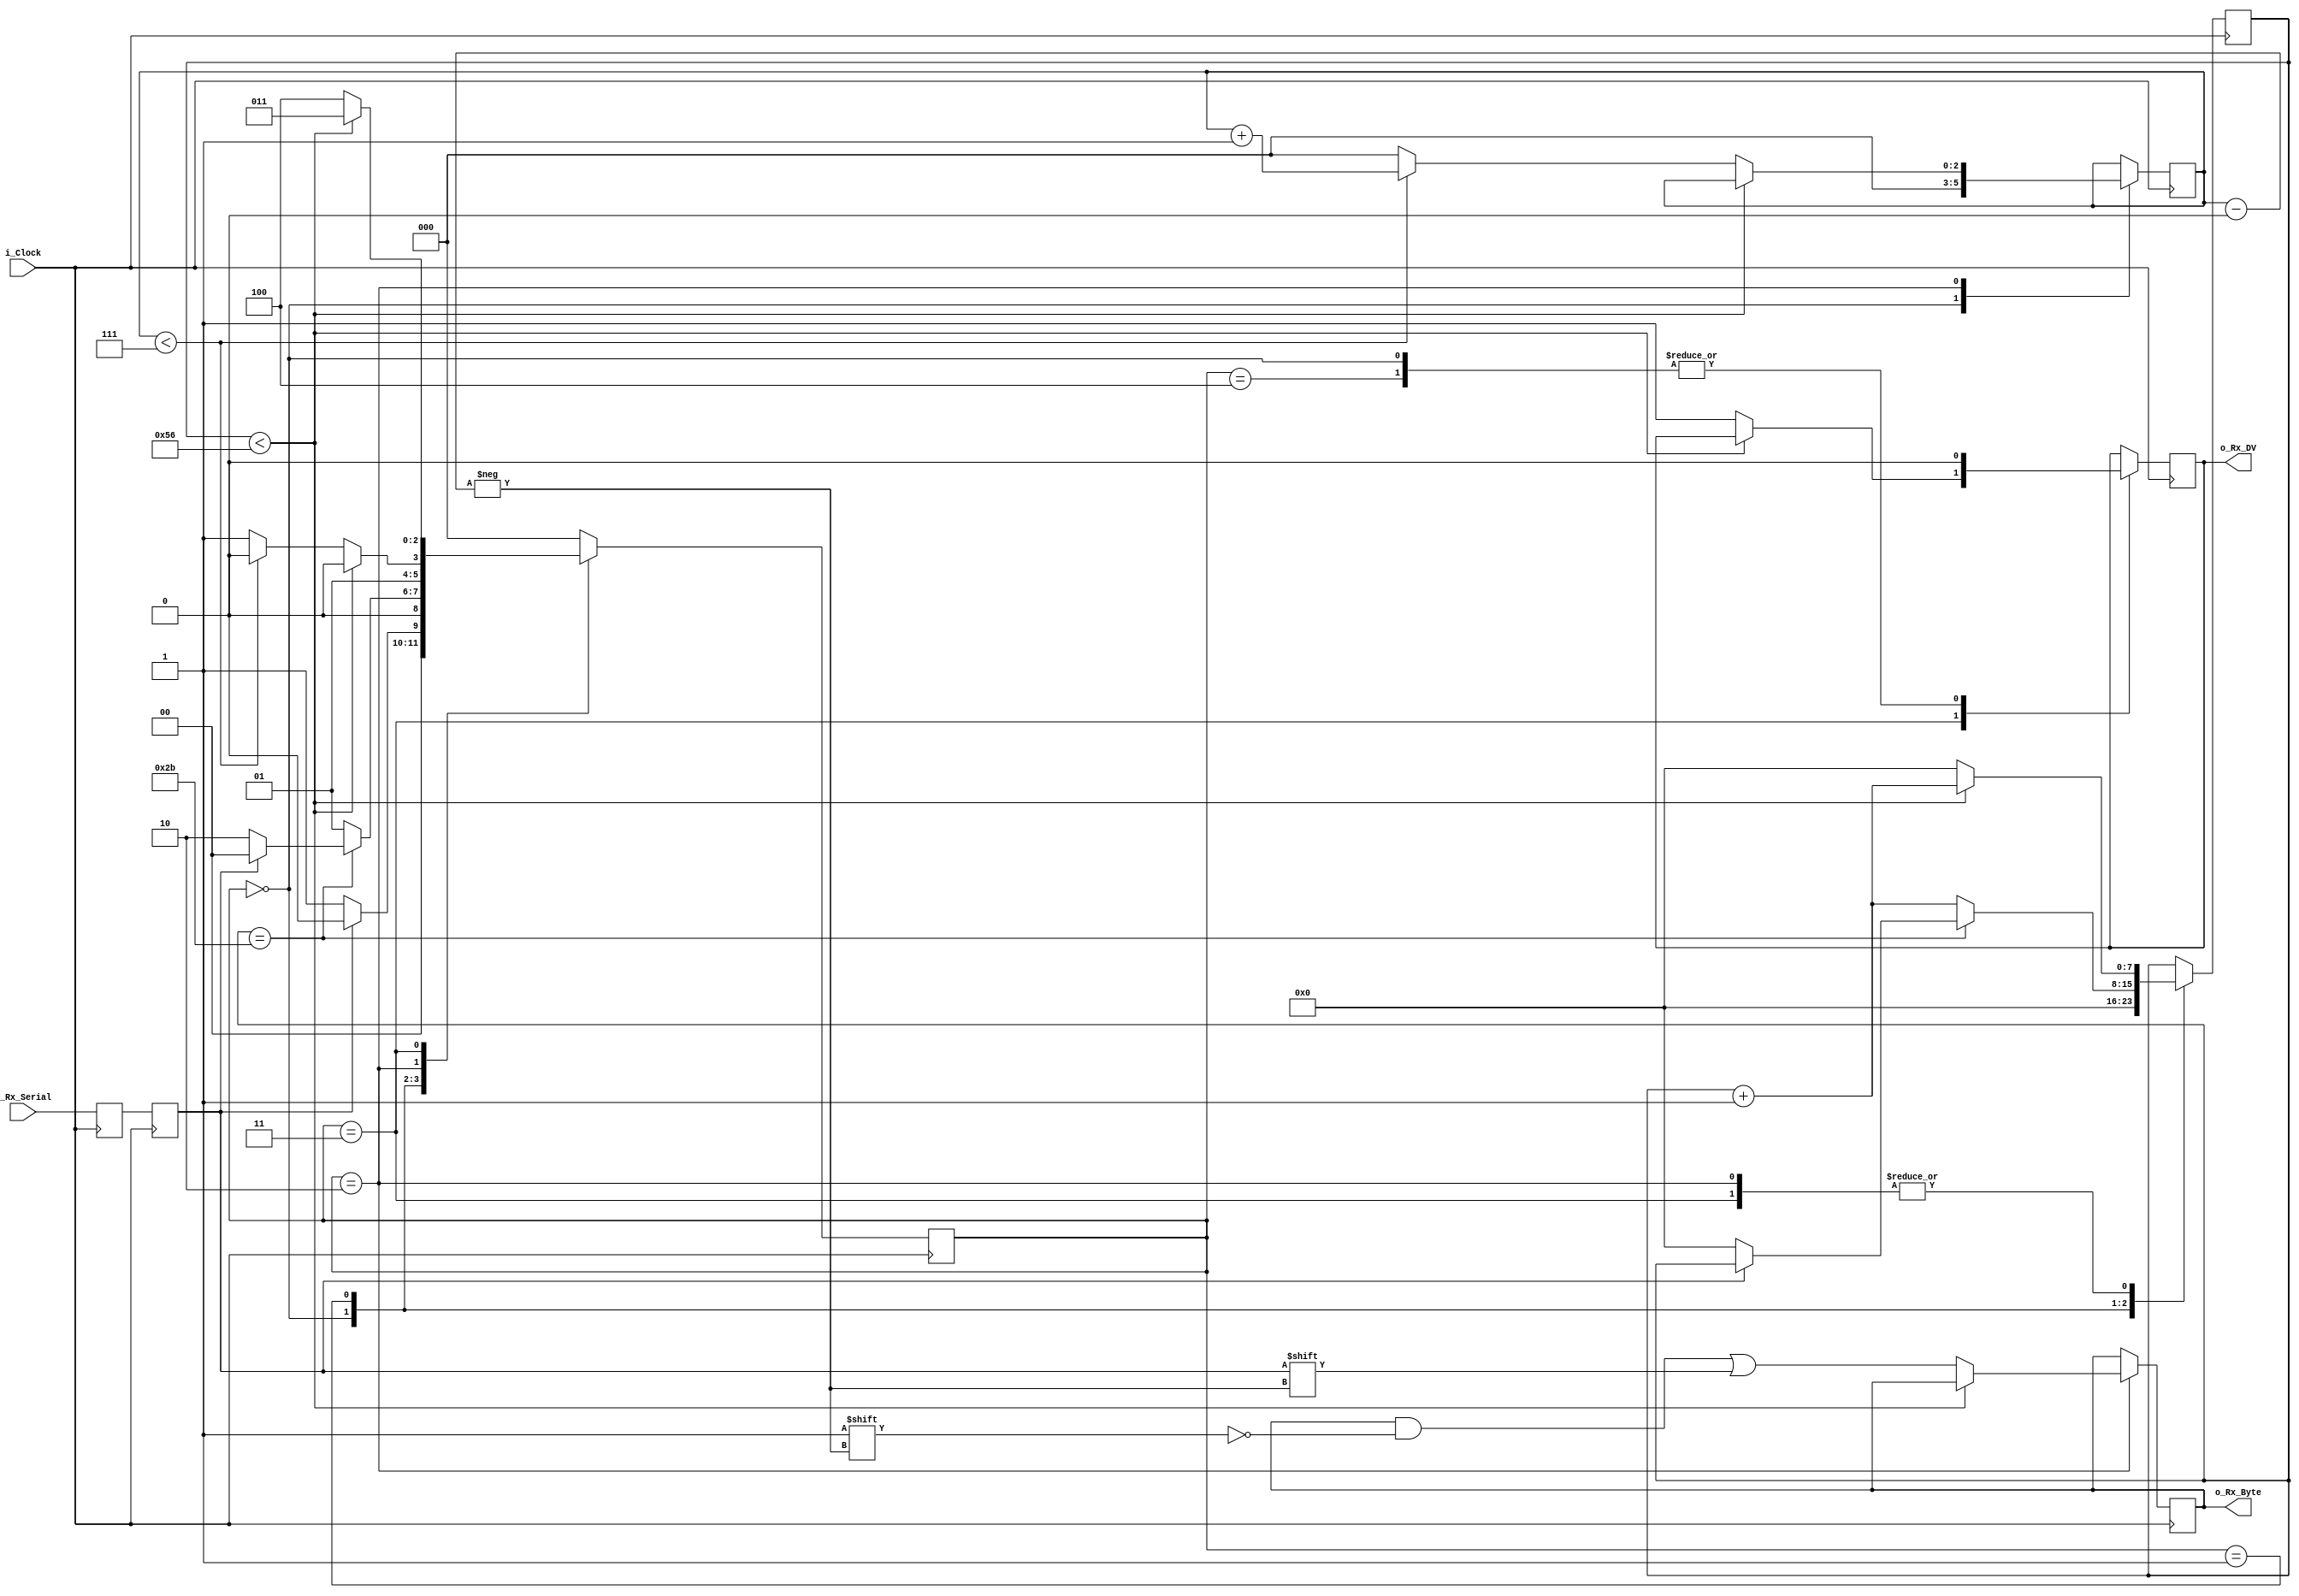
//Receiver Module for UART
//Clock cycle per bit set to 87 for example
//Could be changed
module uart_RX 
  #(parameter CLKS_PER_BIT=87)(input i_Clock,input i_Rx_Serial,
   output o_Rx_DV,output [7:0] o_Rx_Byte);
  parameter s_IDLE = 3'b000;
  parameter s_RX_START_BIT = 3'b001;
  parameter s_RX_DATA_BITS = 3'b010;
  parameter s_RX_STOP_BIT = 3'b011;
  parameter s_CLEANUP = 3'b100;
   
  reg r_Rx_Data_R = 1'b1;
  reg r_Rx_Data = 1'b1;
   
  reg [7:0] r_Clock_Count = 0;
  reg [2:0] r_Bit_Index = 0;
  reg [7:0] r_Rx_Byte = 0;
  reg r_Rx_DV = 0;
  reg [2:0] r_SM_Main = 0;
  always @(posedge i_Clock)
    begin
      r_Rx_Data_R <= i_Rx_Serial;
      r_Rx_Data <= r_Rx_Data_R;
    end 
  always @(posedge i_Clock)
    begin
      case (r_SM_Main)
        s_IDLE :
          begin
            r_Rx_DV <= 1'b0;
            r_Clock_Count <= 0;
            r_Bit_Index <= 0;
             
            if (r_Rx_Data == 1'b0)//Start BIT
              r_SM_Main <= s_RX_START_BIT;
            else
              r_SM_Main <= s_IDLE;
          end
        s_RX_START_BIT :
          begin
            if (r_Clock_Count == (CLKS_PER_BIT-1)/2)
              begin
                if (r_Rx_Data == 1'b0)
                  begin
                    r_Clock_Count <= 0; 
                    r_SM_Main <= s_RX_DATA_BITS;
                  end
                else
                  r_SM_Main <= s_IDLE;
              end
            else
              begin
                r_Clock_Count <= r_Clock_Count + 1;
                r_SM_Main <= s_RX_START_BIT;
              end
          end 
        s_RX_DATA_BITS :
          begin
            if (r_Clock_Count < CLKS_PER_BIT-1)
              begin
                r_Clock_Count <= r_Clock_Count + 1;
                r_SM_Main <= s_RX_DATA_BITS;
              end
            else
              begin
                r_Clock_Count  <= 0;
                r_Rx_Byte[r_Bit_Index] <= r_Rx_Data;
               
                if (r_Bit_Index < 7)
                  begin
                    r_Bit_Index <= r_Bit_Index + 1;
                    r_SM_Main   <= s_RX_DATA_BITS;
                  end
                else
                  begin
                    r_Bit_Index <= 0;
                    r_SM_Main   <= s_RX_STOP_BIT;
                  end
              end
          end 
        s_RX_STOP_BIT :
          begin
            if (r_Clock_Count < CLKS_PER_BIT-1)
              begin
                r_Clock_Count <= r_Clock_Count + 1;
                r_SM_Main     <= s_RX_STOP_BIT;
              end
            else
              begin
                r_Rx_DV <= 1'b1;
                r_Clock_Count <= 0;
                r_SM_Main <= s_CLEANUP;
              end
          end 
        s_CLEANUP :
          begin
            r_SM_Main <= s_IDLE;
            r_Rx_DV <= 1'b0;
          end
         
         
        default :
          r_SM_Main <= s_IDLE;
    	endcase
    end   
   
  assign o_Rx_DV = r_Rx_DV;
  assign o_Rx_Byte = r_Rx_Byte;
   
endmodule